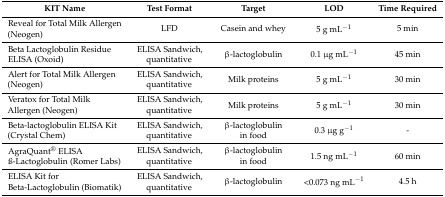
| KIT Name | Test Format | Target | LOD | Time Required |
 | --- | --- | --- | --- | --- |
 | Reveal for Total Milk Allergen (Neogen) | LFD | Casein and whey | 5 g mL−1 | 5 min |
 | Beta Lactoglobulin Residue ELISA (Oxoid) | ELISA Sandwich, quantitative | β-lactoglobulin | 0.1 μg mL−1 | 45 min |
 | Alert for Total Milk Allergen (Neogen) | ELISA Sandwich, quantitative | Milk proteins | 5 g mL−1 | 30 min |
 | Veratox for Total Milk Allergen (Neogen) | ELISA Sandwich, quantitative | Milk proteins | 5 g mL−1 | 30 min |
 | Beta-lactoglobulin ELISA Kit (Crystal Chem) | ELISA Sandwich, quantitative | β-lactoglobulin in food | 0.3 μg g−1 | - |
 | AgraQuant® ELISA ß-Lactoglobulin (Romer Labs) | ELISA Sandwich, quantitative | β-lactoglobulin in food | 1.5 ng mL−1 | 60 min |
 | ELISA Kit for Beta-Lactoglobulin (Biomatik) | ELISA Sandwich, quantitative | β-lactoglobulin | <0.073 ng mL−1 | 4.5 h |